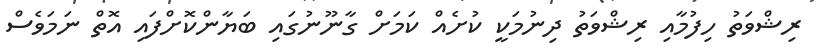
ރިޝްވަތު ހިފުމާއި ރިޝްވަތު ދިނުމަކީ ކުށެއް ކަމަށް ގާނޫނުގައި ބަޔާންކޮށްފައި އޮތް ނަމަވެސް